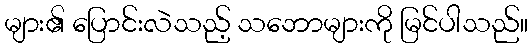
များ၏ ပြောင်းလဲသည့် သဘောများကို မြင်ပါသည်။